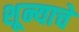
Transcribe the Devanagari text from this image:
शून्याचे